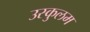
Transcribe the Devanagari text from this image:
उस्कुलम